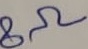
Text: 8Ω